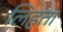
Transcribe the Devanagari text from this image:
लिहता